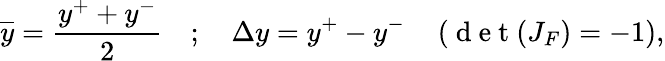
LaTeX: \overline{{y}}=\frac{y^{+}+y^{-}}{2}\quad;\quad\Delta y=y^{+}-y^{-}\quad\left(\mathrm{~d~e~t~}(J_{F})=-1\right),